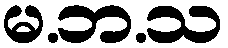
မ.ဘ.သ